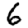
Digit: 6